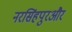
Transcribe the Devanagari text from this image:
नरसिंहपुरऔर